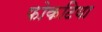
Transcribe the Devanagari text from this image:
फोकटिया